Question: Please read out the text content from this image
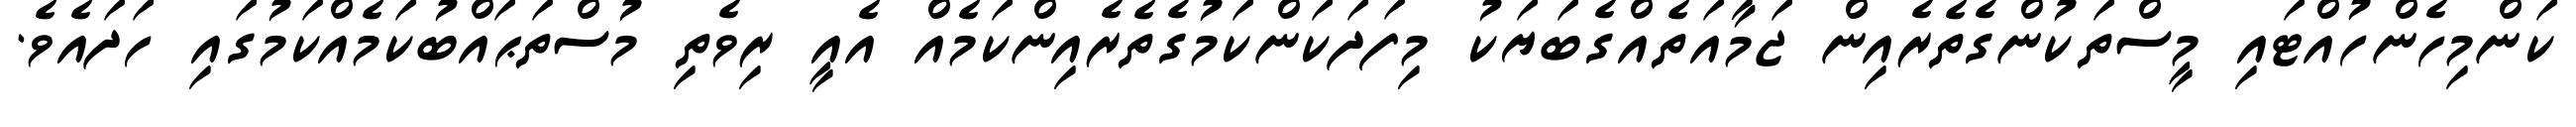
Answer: ކަންމިހެންހުއްޓައި މީސްތަކުންގެތެރެއިން ޖަމާއަތެއްގެބަޔަކު މިފަދަކަންކަމުގެތެރެއިންކަމެއް އެއީ ރިވެތި މުސްތަޙައްބުކަމެއްކަމުގައި ހަދައެވެ.